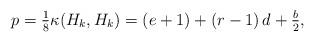
LaTeX: \begin{align*}p=\tfrac{1}{8}\kappa(H_k,H_k) = (e+1) + (r-1)\,d + \tfrac{b}{2},\end{align*}